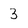
Character: 3